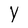
Character: Y